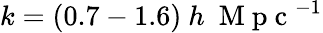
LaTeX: k=(0.7-1.6)\ h\ \mathrm{~M~p~c~}^{-1}